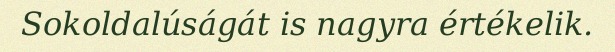
Sokoldalúságát is nagyra értékelik.